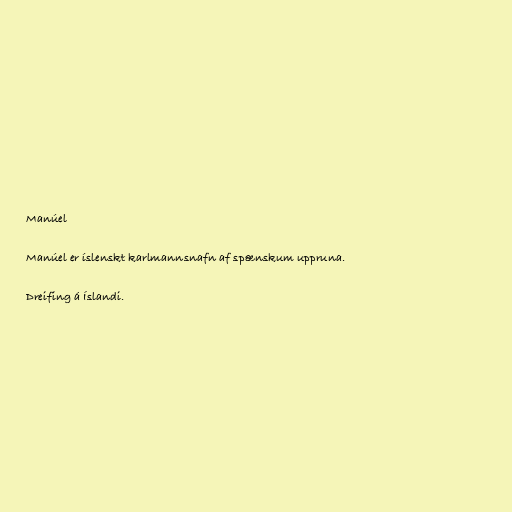
Manúel

Manúel er íslenskt karlmannsnafn af spænskum uppruna.

Dreifing á Íslandi.